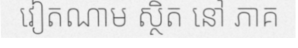
វៀតណាម ស្ថិត នៅ ភាគ